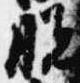
脱